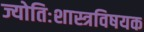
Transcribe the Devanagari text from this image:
ज्योतिःशास्त्रविषयक